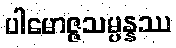
ပါမောဇ္ဇသမ္ပန္နဿ